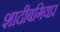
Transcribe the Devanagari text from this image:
शादीबगियार